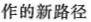
作的新路径